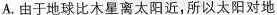
A.由于地球比木星离太阳近，所以太阳对地